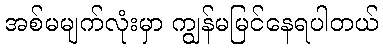
အစ်မမျက်လုံးမှာ ကျွန်မမြင်နေရပါတယ်